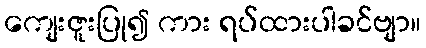
ကျေးဇူးပြု၍ ကား ရပ်ထားပါခင်ဗျာ။